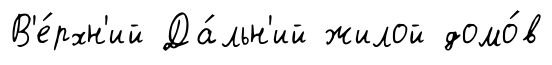
В'е́рхн'ий Да́льн'ий жилой домо́в